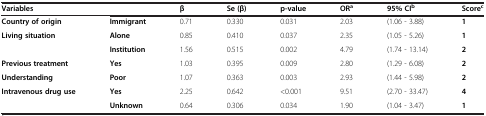
| Variables |  | β | Se (β) | p-value | ORa | 95% CIb | Scorec |
 | --- | --- | --- | --- | --- | --- | --- | --- |
 | Country of origin | Immigrant | 0.71 | 0.330 | 0.031 | 2.03 | (1.06 - 3.88) | 1 |
 | Living situation | Alone | 0.85 | 0.410 | 0.037 | 2.35 | (1.05 - 5.26) | 1 |
 |  | Institution | 1.56 | 0.515 | 0.002 | 4.79 | (1.74 - 13.14) | 2 |
 | Previous treatment | Yes | 1.03 | 0.395 | 0.009 | 2.80 | (1.29 - 6.08) | 2 |
 | Understanding | Poor | 1.07 | 0.363 | 0.003 | 2.93 | (1.44 - 5.98) | 2 |
 | Intravenous drug use | Yes | 2.25 | 0.642 | <0.001 | 9.51 | (2.70 - 33.47) | 4 |
 |  | Unknown | 0.64 | 0.306 | 0.034 | 1.90 | (1.04 - 3.47) | 1 |